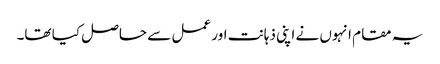
یہ مقام انہوں نے اپنی ذہانت اور عمل سے حاصل کیا تھا۔